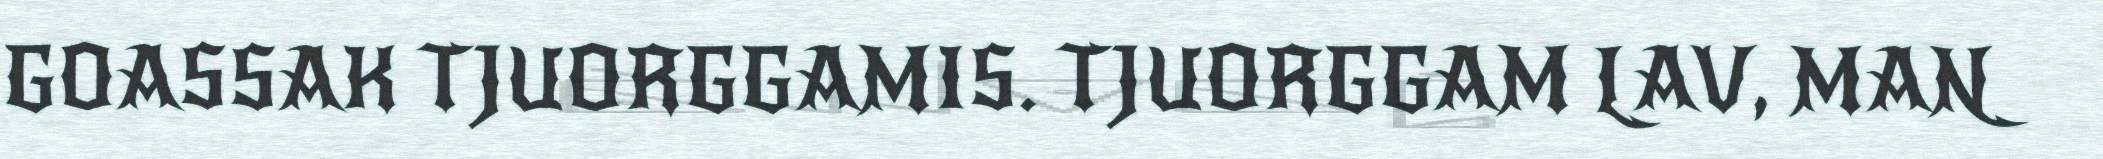
GOASSAK TJUORGGAMIS. TJUORGGAM LAV, MAN